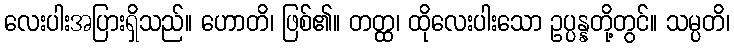
လေးပါးအပြားရှိသည်။ ဟောတိ၊ ဖြစ်၏။ တတ္ထ၊ ထိုလေးပါးသော ဥပ္ပန္နတို့တွင်။ သမ္ပတိ၊